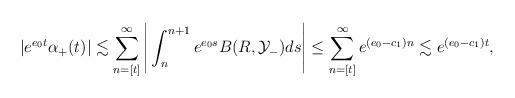
LaTeX: \begin{align*}|e^{e_0 t}\alpha_+ (t) |\lesssim \sum_{n=[t]}^\infty \Bigg| \int_n^{n+1} e^{e_0 s} B(R , \mathcal{Y}_-) ds \Bigg| \le \sum_{n=[t]}^\infty e^{(e_0 - c_1) n } \lesssim e^{(e_0-c_1) t}, \end{align*}